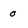
Character: o